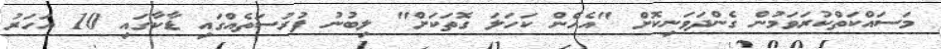
މަސައްކަތްކުރަވަމުން ގެންދަވަނިކޮށް "އެހެން ކަހަލަ ގޮތަކަށް" ލިބުނު ފުރުސަތެއްގައި ޑާކާގައި 10 އަހަރު